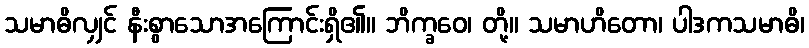
သမာဓိလျှင် နီးစွာသောအကြောင်းရှိ၏။ ဘိက္ခဝေ၊ တို့။ သမာဟိတော၊ ပါဒကသမာဓိ၊